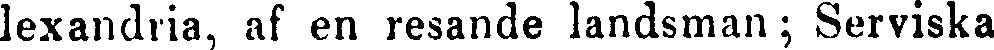
lexandria, af en resande landsman; Serviska